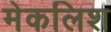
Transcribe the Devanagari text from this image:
मेकलिश